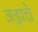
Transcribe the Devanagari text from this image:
वढ्राचे